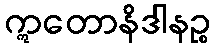
ဣတောနိဒါနဉ္စ